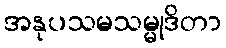
အနုပသမသမ္မုဒိတာ